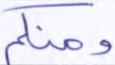
ومنكم